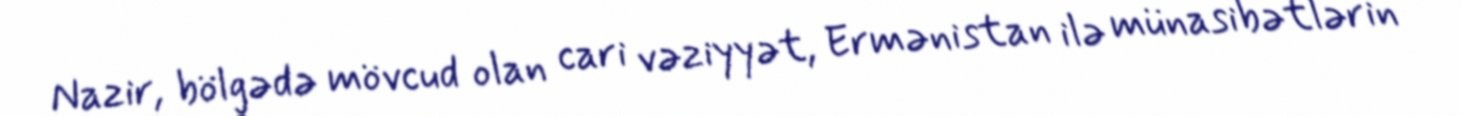
Nazir, bölgədə mövcud olan cari vəziyyət, Ermənistan ilə münasibətlərin